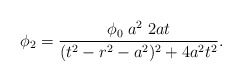
\begin{align*}\phi_2 = {\phi_0 \; a^2 \; 2 a t\over(t^2-r^2-a^2)^2 +4 a^2 t^2}.\end{align*}